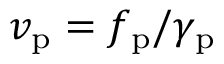
v _ { \mathrm { p } } = f _ { \mathrm { p } } / \gamma _ { \mathrm { p } }